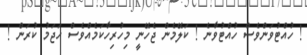
! ހުއްޓުވަންވެސް ހުއްޓުވާނެ ! ކަލޭމެން ޖެހޭނީ މިހުރިހާކަމެއްވެސް ހަޖަމު ކުރަން !